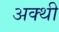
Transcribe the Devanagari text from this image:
अक्थी